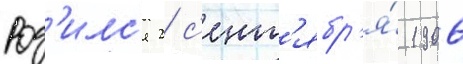
Род'илс'я 2 с'ент'ябр'я́ 1906